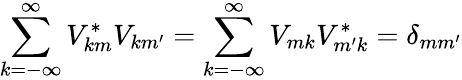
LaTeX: \sum_{k=-\infty}^{\infty}V_{km}^{*}V_{km^{\prime}}=\sum_{k=-\infty}^{\infty}V_{mk}V_{m^{\prime}k}^{*}=\delta_{mm^{\prime}}